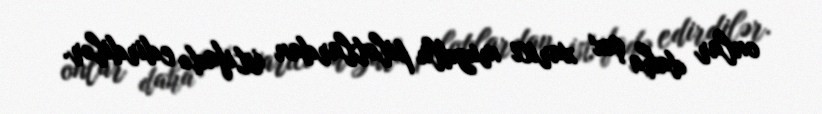
onlar daha çox xarici muzdlu pilotlardan istifadə edirdilər.